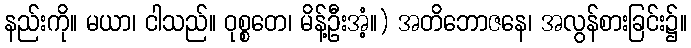
နည်းကို။ မယာ၊ ငါသည်။ ဝုစ္စတေ၊ မိန့်ဦးအံ့။) အတိဘောဇနေ၊ အလွန်စားခြင်း၌။